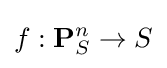
f:\mathbf {P} _{S}^{n}\to S